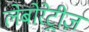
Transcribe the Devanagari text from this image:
लेबोरेट्रीज़